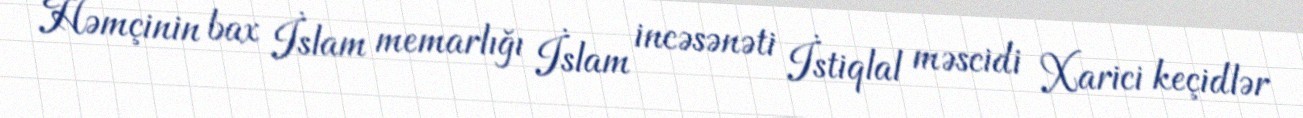
Həmçinin bax İslam memarlığı İslam incəsənəti İstiqlal məscidi Xarici keçidlər